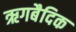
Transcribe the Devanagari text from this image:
ऋगबैदिक